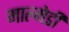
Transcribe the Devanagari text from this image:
माल्मेडी